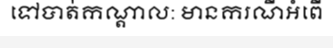
ទៅបាត់កណ្តាល: មានករណីអំពើ